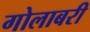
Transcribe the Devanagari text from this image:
गोलाबरी